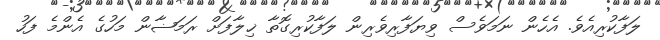
ލަފާކުރިއެވެ. އެހެން ނަމަވެސް ވިޔަފާރިވެރިން ލަފާކުރިގޮތާ ޚިލާފަށް ރަމަޟާން މަހުގެ އެންމެ ފަހު